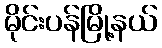
မိုင်းပန်မြို့နယ်